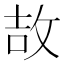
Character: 𫾪